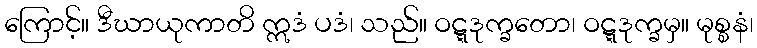
ကြောင့်။ ဒီဃာယုကာတိ ဣဒံ ပဒံ၊ သည်။ ဝဋ္ဋဒုက္ခတော၊ ဝဋ္ဋဒုက္ခမှ။ မုစ္စနံ၊